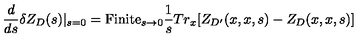
{ \frac { d } { d s } } \delta Z _ { D } ( s ) | _ { s = 0 } = \mathrm { F i n i t e } _ { s \to 0 } { \frac { 1 } { s } } T r _ { x } [ Z _ { D ^ { \prime } } ( x , x , s ) - Z _ { D } ( x , x , s ) ]